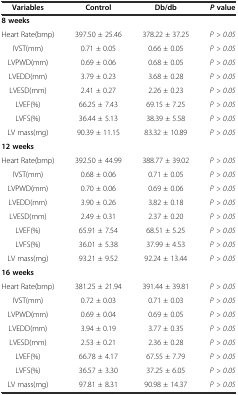
<table><thead><tr><td><b>Variables</b></td><td><b>Control</b></td><td><b>Db/db</b></td><td><b><i>P</i>value</b></td></tr></thead><tbody><tr><td><b>8 weeks</b></td><td></td><td></td><td></td></tr><tr><td>Heart Rate(bmp)</td><td>397.50 ± 25.46</td><td>378.22 ± 37.25</td><td><i>P &gt; 0.05</i></td></tr><tr><td>IVST(mm)</td><td>0.71 ± 0.05</td><td>0.66 ± 0.05</td><td><i>P &gt; 0.05</i></td></tr><tr><td>LVPWD(mm)</td><td>0.69 ± 0.06</td><td>0.68 ± 0.05</td><td><i>P &gt; 0.05</i></td></tr><tr><td>LVEDD(mm)</td><td>3.79 ± 0.23</td><td>3.68 ± 0.28</td><td><i>P &gt; 0.05</i></td></tr><tr><td>LVESD(mm)</td><td>2.41 ± 0.27</td><td>2.26 ± 0.23</td><td><i>P &gt; 0.05</i></td></tr><tr><td>LVEF(%)</td><td>66.25 ± 7.43</td><td>69.15 ± 7.25</td><td><i>P &gt; 0.05</i></td></tr><tr><td>LVFS(%)</td><td>36.44 ± 5.13</td><td>38.39 ± 5.58</td><td><i>P &gt; 0.05</i></td></tr><tr><td>LV mass(mg)</td><td>90.39 ± 11.15</td><td>83.32 ± 10.89</td><td><i>P &gt; 0.05</i></td></tr><tr><td><b>12 weeks</b></td><td></td><td></td><td></td></tr><tr><td>Heart Rate(bmp)</td><td>392.50 ± 44.99</td><td>388.77 ± 39.02</td><td><i>P &gt; 0.05</i></td></tr><tr><td>IVST(mm)</td><td>0.68 ± 0.06</td><td>0.71 ± 0.05</td><td><i>P &gt; 0.05</i></td></tr><tr><td>LVPWD(mm)</td><td>0.70 ± 0.06</td><td>0.69 ± 0.06</td><td><i>P &gt; 0.05</i></td></tr><tr><td>LVEDD(mm)</td><td>3.90 ± 0.26</td><td>3.82 ± 0.18</td><td><i>P &gt; 0.05</i></td></tr><tr><td>LVESD(mm)</td><td>2.49 ± 0.31</td><td>2.37 ± 0.20</td><td><i>P &gt; 0.05</i></td></tr><tr><td>LVEF(%)</td><td>65.91 ± 7.54</td><td>68.51 ± 5.25</td><td><i>P &gt; 0.05</i></td></tr><tr><td>LVFS(%)</td><td>36.01 ± 5.38</td><td>37.99 ± 4.53</td><td><i>P &gt; 0.05</i></td></tr><tr><td>LV mass(mg)</td><td>93.21 ± 9.52</td><td>92.24 ± 13.44</td><td><i>P &gt; 0.05</i></td></tr><tr><td><b>16 weeks</b></td><td></td><td></td><td></td></tr><tr><td>Heart Rate(bmp)</td><td>381.25 ± 21.94</td><td>391.44 ± 39.81</td><td><i>P &gt; 0.05</i></td></tr><tr><td>IVST(mm)</td><td>0.72 ± 0.03</td><td>0.71 ± 0.03</td><td><i>P &gt; 0.05</i></td></tr><tr><td>LVPWD(mm)</td><td>0.69 ± 0.04</td><td>0.69 ± 0.05</td><td><i>P &gt; 0.05</i></td></tr><tr><td>LVEDD(mm)</td><td>3.94 ± 0.19</td><td>3.77 ± 0.35</td><td><i>P &gt; 0.05</i></td></tr><tr><td>LVESD(mm)</td><td>2.53 ± 0.21</td><td>2.36 ± 0.28</td><td><i>P &gt; 0.05</i></td></tr><tr><td>LVEF(%)</td><td>66.78 ± 4.17</td><td>67.55 ± 7.79</td><td><i>P &gt; 0.05</i></td></tr><tr><td>LVFS(%)</td><td>36.57 ± 3.30</td><td>37.25 ± 6.05</td><td><i>P &gt; 0.05</i></td></tr><tr><td>LV mass(mg)</td><td>97.81 ± 8.31</td><td>90.98 ± 14.37</td><td><i>P &gt; 0.05</i></td></tr></tbody></table>